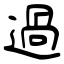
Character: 過